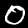
Digit: 0